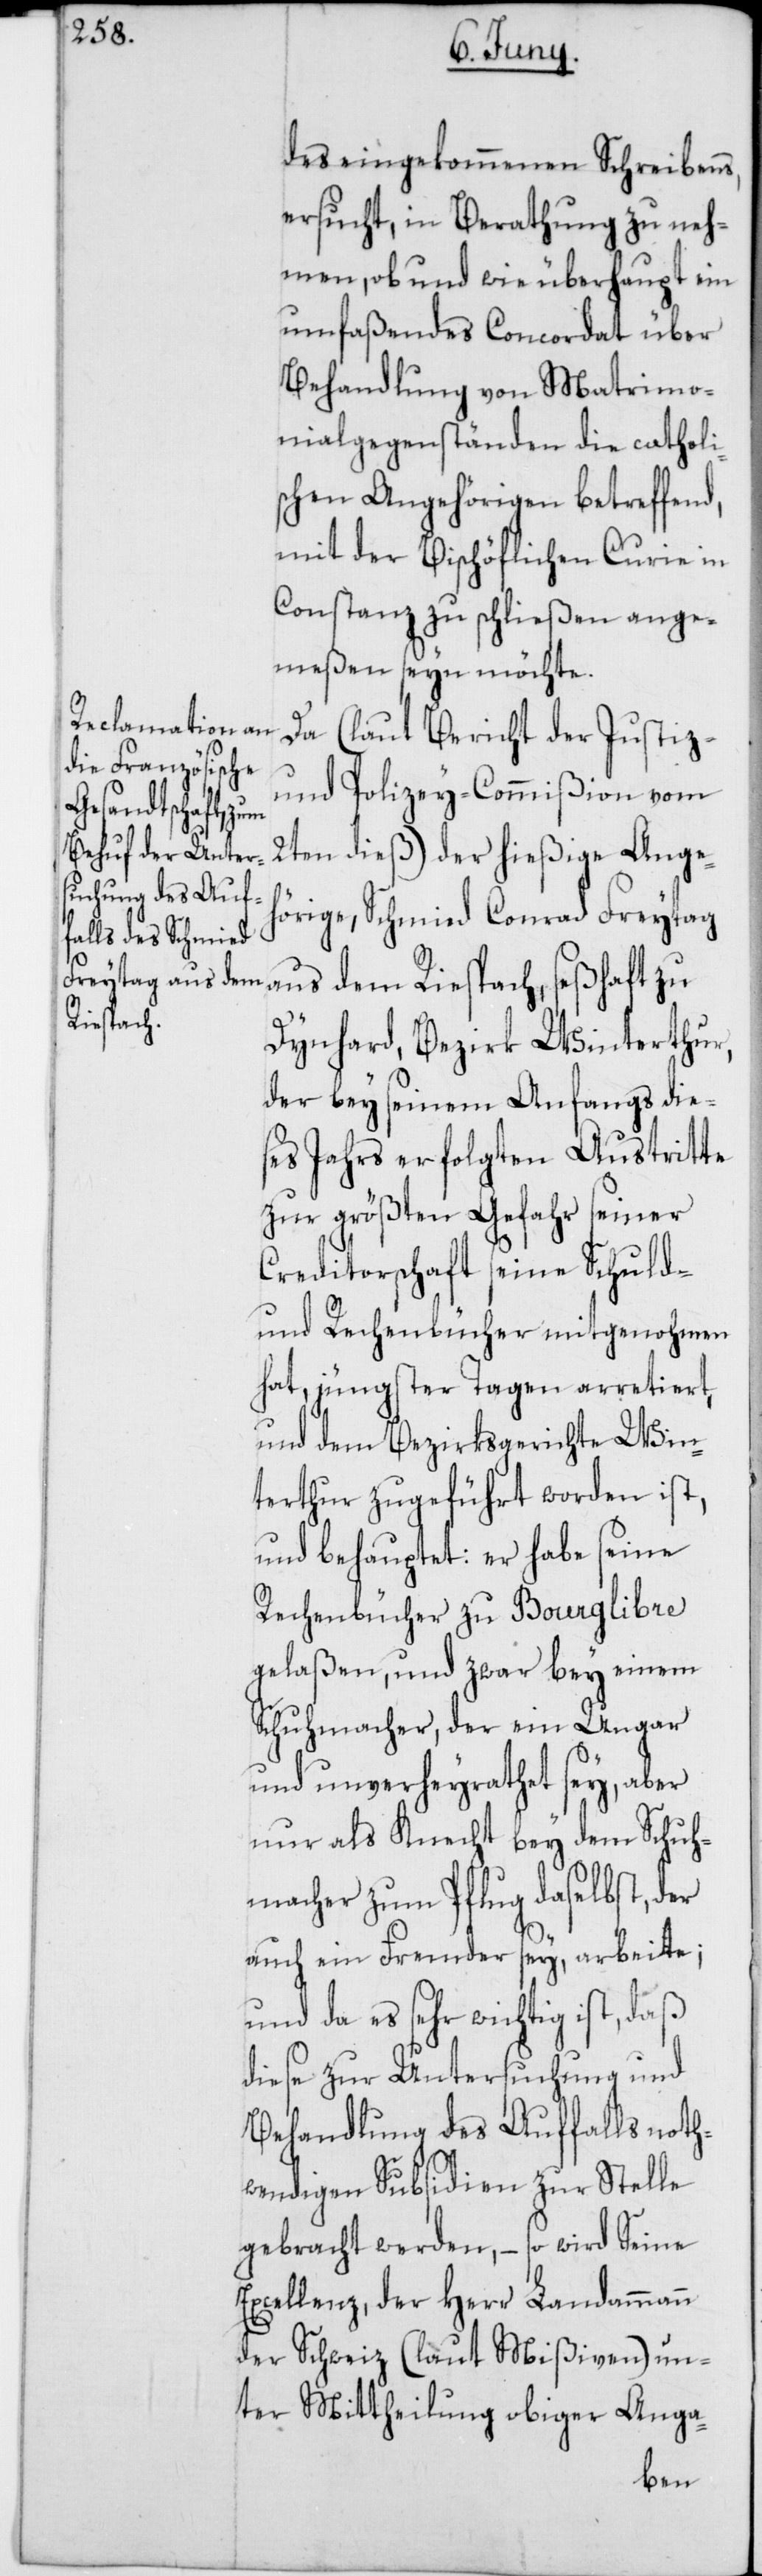
des eingekommenen Schreibens,
ersucht, in Berathung zu neh¬
men, ob und wie überhaupt ein
umfaßendes Concordat über
Behandlung von Matrimo¬
nialgegenständen die catholi¬
schen Angehörigen betreffend,
mit der bischöflichen Curie in
Konstanz zu schließen ange¬
meßen seyn möchte.
Da (laut Bericht der Justiz-
und Polizey-Commißion vom
2ten dieß) der hießige Angeh¬
örige, Schmied Conrad Freytag
aus dem Riespach, seßhaft zu
Dynhard, Bezirk Winterthur,
der bey seinem anfangs die¬
ses Jahrs erfolgten Austritte
zur größten Gefahr seiner
Creditorschaft seine Schuld-
und Rechenbücher mitgenohmen
hat, jüngster Tagen arretiert
und dem Bezirksgerichte Win¬
terthur zugeführt worden ist,
und behauptet: er habe seine
Rechenbücher zu Bourglibre
gelaßen, und zwar bey einem
Schuhmacher, der ein Ungar
und unverheyrathet sey, aber
nur als Knecht bey dem Schuh¬
macher zum Pflug daselbst, der
auch ein Fremder sey, arbeite;
und da es sehr wichtig ist, daß
diese zur Untersuchung und
Behandlung des Auffalls noth¬
wendigen Subsidien zur Stelle
gebracht werden, – so wird Seine
Excellenz, der Herr Landammann
der Schweiz (laut Mißiven) un¬
ter Mittheilung obiger Anga-